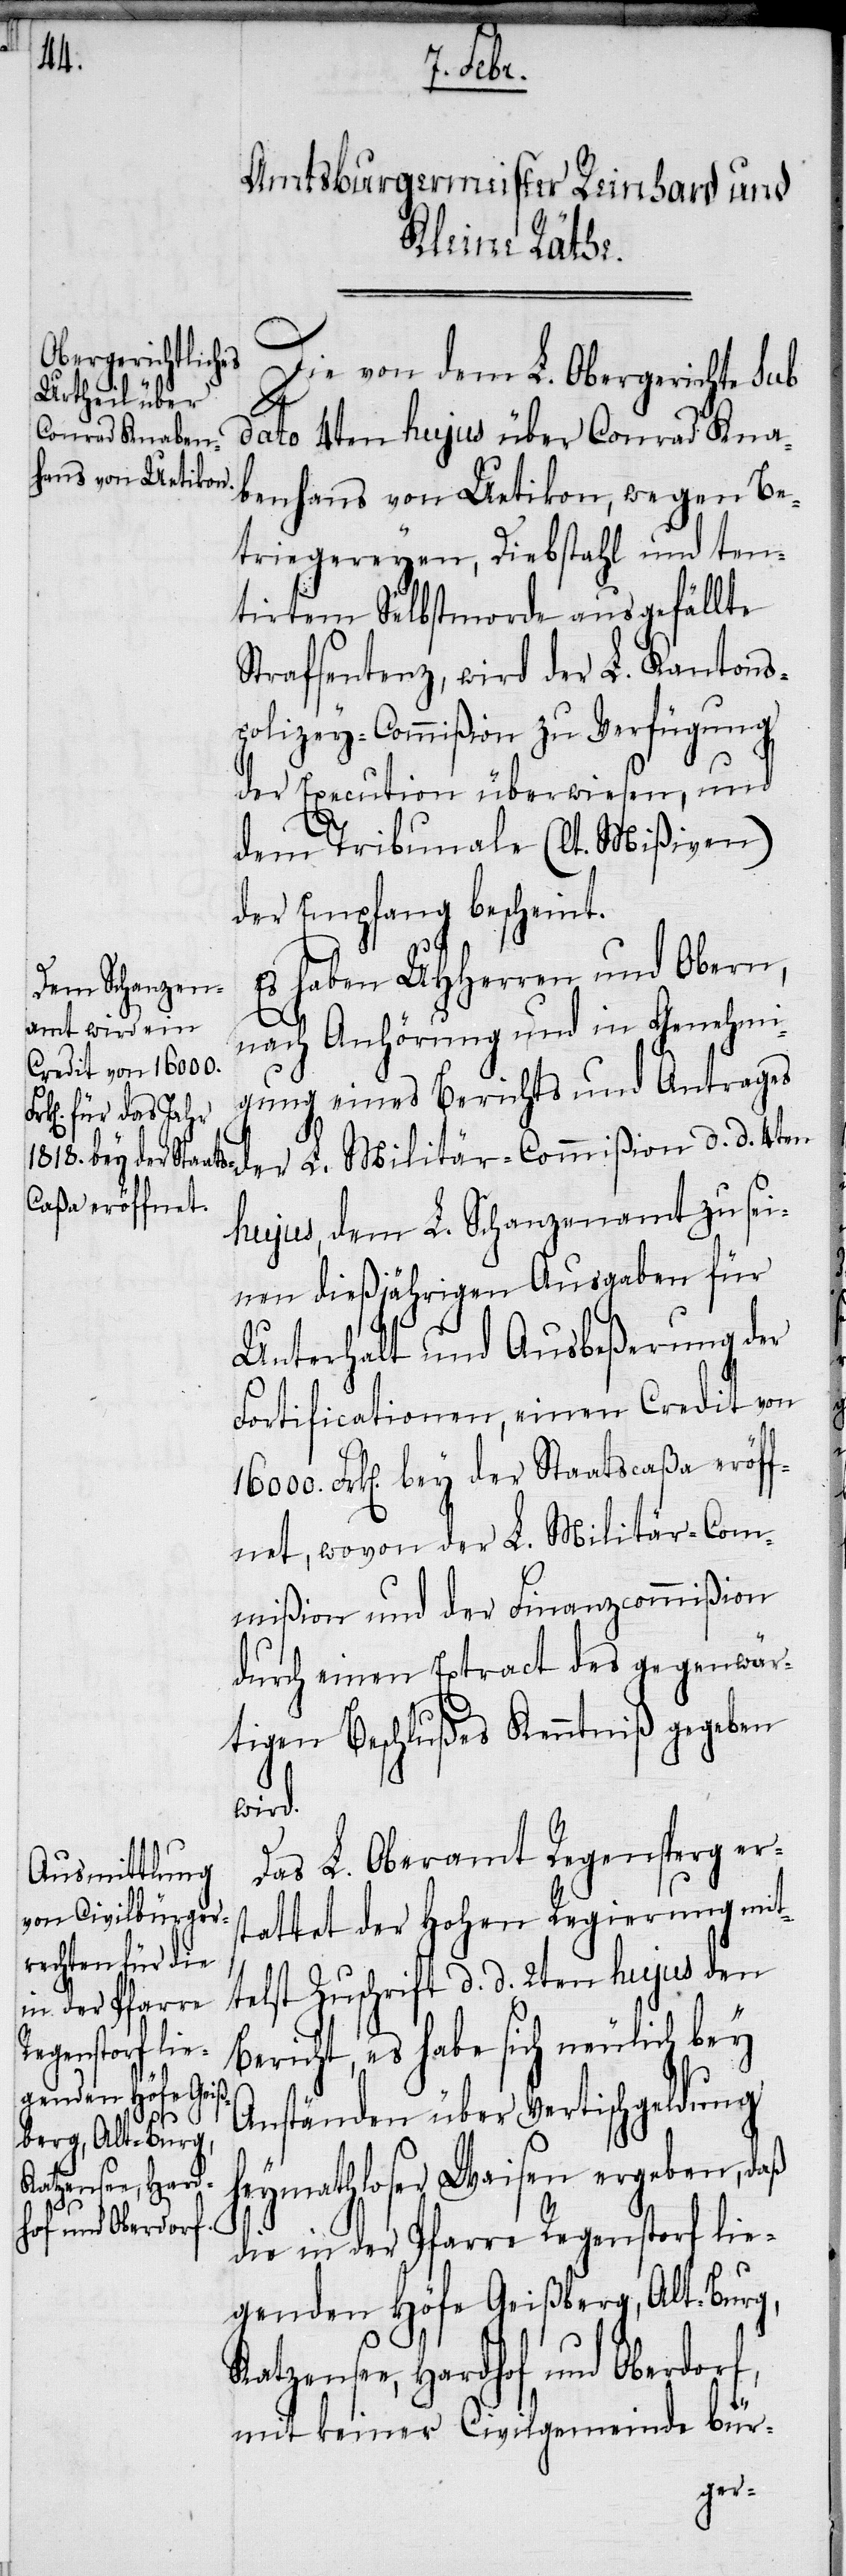
4ten
Die von dem L. Obergerichte sub
dato 4ten hujus über Conrad Kna¬
benhans von Uetikon, wegen Be¬
triegereyen, Diebstahl und ten¬
tirtem Selbstmorde ausgefällte
Strafsentenz, wird der L. Kantons¬
polizey-Commißion zu Verfügung
der Execution überwiesen, und
dem Tribunale (lt. Mißiven)
der Empfang bescheint.
Es haben UHHerren und Obern,
nach Anhörung und in Genehmi¬
gung eines Berichts und Antrages
hujus, dem L. Schanzenamt zu sei¬
nen dießjährigen Ausgaben für
Unterhalt und Ausbeßerung der
Fortificationen, einen Credit von
Frk[en]. bey der Staatscaßa eröff¬
net, wovon der L. Militär-Com¬
mißion und der Finanzcommißion
durch einen Extract des gegenwär¬
tigen Beschlußes Kenntniß gegeben
wird.
Das L. Oberamt Regensperg er¬
stattet der Hohen Regierung mit¬
telst Zuschrift d. d. 2ten hujus den
Bericht, es habe sich neulich bey
Anständen über Vertischgeldung
heymathloser Waisen ergeben, daß
Katzensee, Hard¬
d.
hof und Oberdorf,
die in der Pfarre Regenstorf lie¬
genden Höfe Geißberg, Alt-Burg,
mit keiner Civilgemeinde bür-